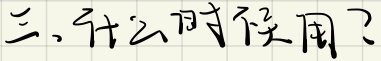
三、什么时候用了